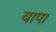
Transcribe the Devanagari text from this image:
यापा